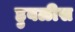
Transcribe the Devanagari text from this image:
हुबळीस